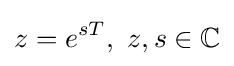
z=e^{sT},\ z,s\in \mathbb {C}